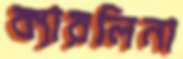
ক্যারলিনা